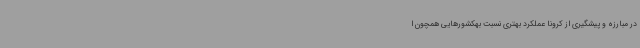
در مبارزه و پیشگیری از کرونا عملکرد بهتری نسبت بهکشورهایی همچون ا